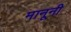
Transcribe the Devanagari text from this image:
मानूनी